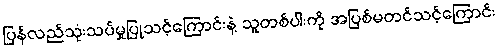
ပြန်လည်သုံးသပ်မှုပြုသင့်ကြောင်းနဲ့ သူတစ်ပါးကို အပြစ်မတင်သင့်ကြောင်း